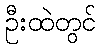
ဦးထဲတွင်